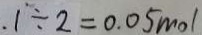
. 1 \div 2 = 0 . 0 5 m o l